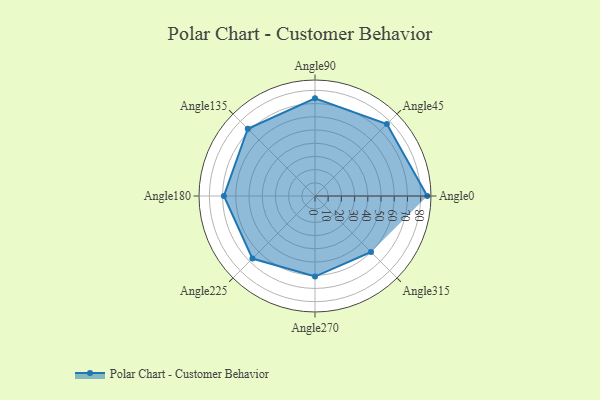
{"axis": {"x": "Angle", "y": "Radius"}, "legend": [""], "data": [{"x": "Angle0", "y": 85.0, "type": ""}, {"x": "Angle45", "y": 77.0, "type": ""}, {"x": "Angle90", "y": 74.0, "type": ""}, {"x": "Angle135", "y": 72.0, "type": ""}, {"x": "Angle180", "y": 69.0, "type": ""}, {"x": "Angle225", "y": 67.0, "type": ""}, {"x": "Angle270", "y": 61.0, "type": ""}, {"x": "Angle315", "y": 60.0, "type": ""}]}